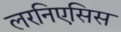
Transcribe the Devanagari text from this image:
लरनिएसिस